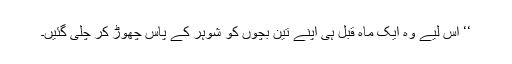
‘‘ اس لیے وہ ایک ماہ قبل ہی اپنے تین بچوں کو شوہر کے پاس چھوڑ کر چلی گئیں۔